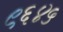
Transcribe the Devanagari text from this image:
९६४५